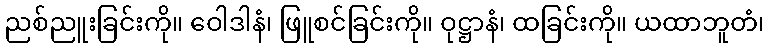
ညစ်ညူးခြင်းကို။ ဝေါဒါနံ၊ ဖြူစင်ခြင်းကို။ ဝုဋ္ဌာနံ၊ ထခြင်းကို။ ယထာဘူတံ၊